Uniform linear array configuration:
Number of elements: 24
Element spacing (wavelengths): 0.25
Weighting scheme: binomial
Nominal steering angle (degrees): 0
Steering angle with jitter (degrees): -1.677
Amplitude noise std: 0.05
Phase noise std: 0.05

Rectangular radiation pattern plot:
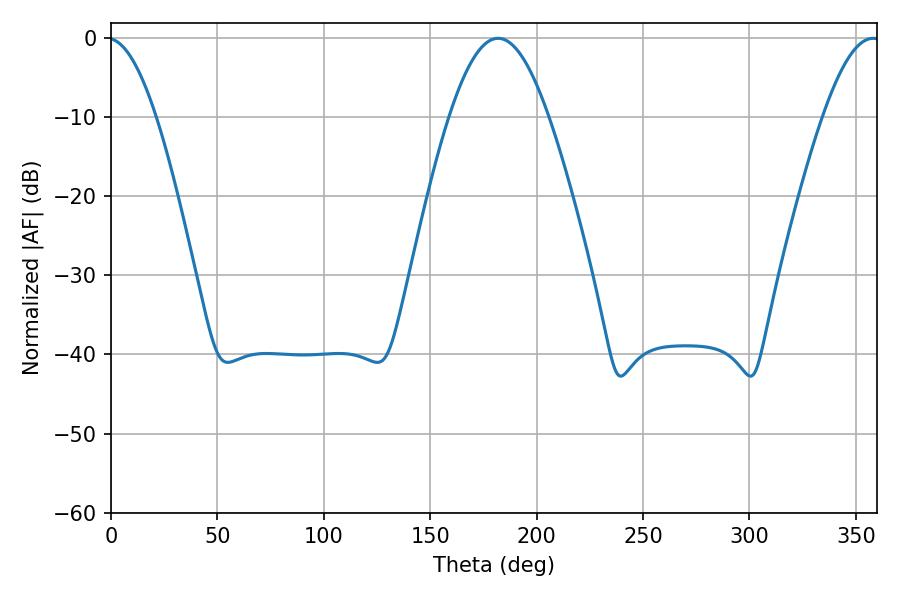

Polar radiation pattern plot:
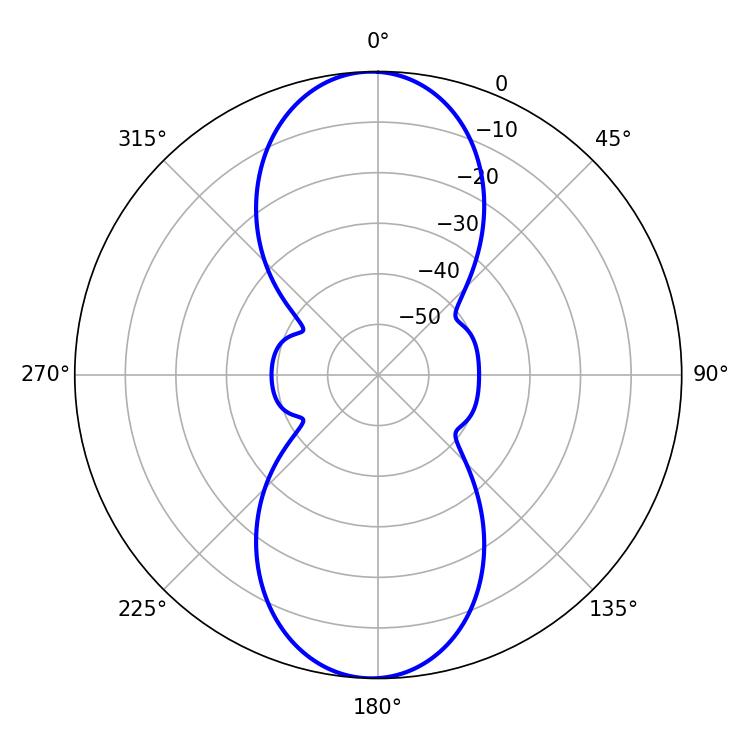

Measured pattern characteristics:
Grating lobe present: FALSE
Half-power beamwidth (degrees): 25.2
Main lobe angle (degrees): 181.98